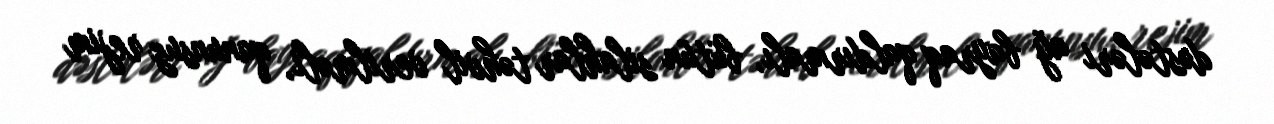
dəstələri ağ bayraq qaldırmalı, bütün silahlar təhvil verilməli, qanunsuz rejim